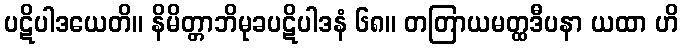
ပဋိပါဒယေတိ။ နိမိတ္တာဘိမုခပဋိပါဒနံ ၆၈။ တတြာယမတ္ထဒီပနာ ယထာ ဟိ